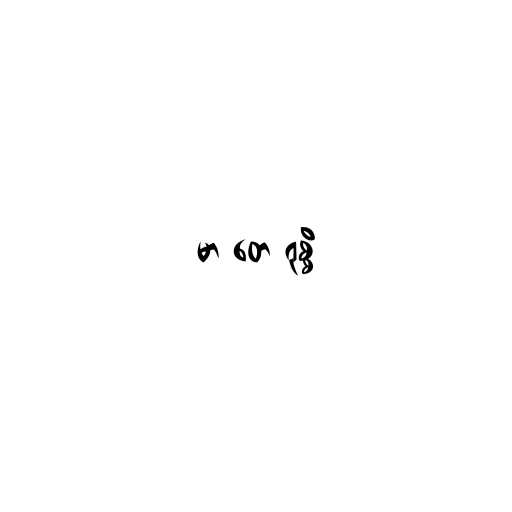
မာ တေ ရုစ္စိ